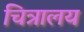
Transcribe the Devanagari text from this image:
चित्रालय